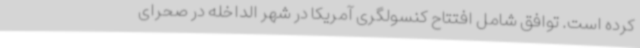
کرده است. توافق شامل افتتاح کنسولگری آمریکا در شهر الداخله در صحرای